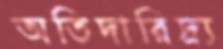
অতিদারিদ্র্য